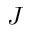
J